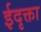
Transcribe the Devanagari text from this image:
ईदृक्ता